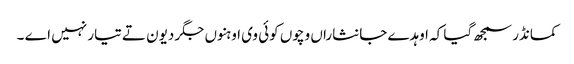
کمانڈر سمجھ گیا کہ اوہدے جانثاراں وچوں کوئی وی اوہنوں جگر دیون تے تیار نہیں اے ۔